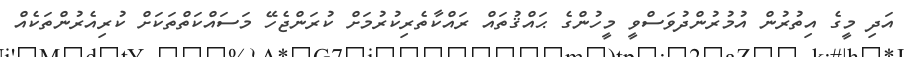
އަދި މީގެ އިތުރުން އުމުރުންދުވަސްވީ މީހުންގެ ޙައްޤުތައް ރައްކާތެރިކުރުމަށް ކުރަންޖެހޭ މަސައްކަތްތަކަށް ކުރިއެރުންތަކެއް